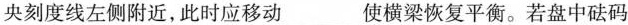
央刻度线左侧附近，此时应移动___使横梁恢复平衡。若盘中砝码